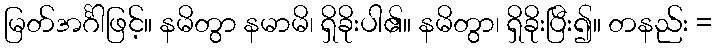
မြတ်အင်္ဂါဖြင့်။ နမိတွာ နမာမိ၊ ရှိခိုးပါ၏။ နမိတွာ၊ ရှိခိုးပြီး၍။ တနည်း =